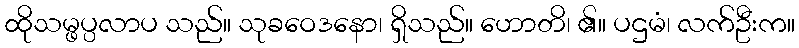
ထိုသမ္ဖပ္ပလာပ သည်။ သုခဝေဒနော၊ ရှိသည်။ ဟောတိ၊ ၏။ ပဌမံ၊ လက်ဦးက။